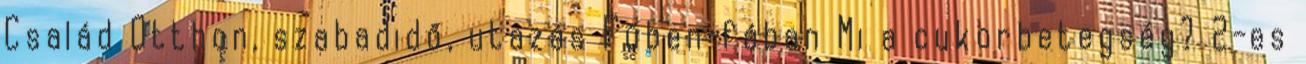
Család Otthon, szabadidő, utazás Fűben-fában Mi a cukorbetegség? 2-es